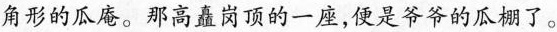
角形的瓜庵。那高矗岗顶的一座，便是爷爷的瓜棚了。